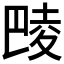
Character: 𱜞